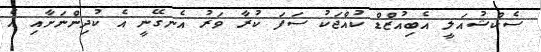
ސެކްޝުއަލީ އެބިއުޒްޑް ކުއްޖަކު ސަފަ ކުރާ ވަރު އެނގޭނީ އެ ކުދިންނަށާއި އެ